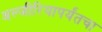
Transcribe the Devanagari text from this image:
अल्जीरियापर्यंतचा